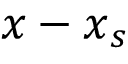
\boldsymbol { x } - \boldsymbol { x } _ { s }